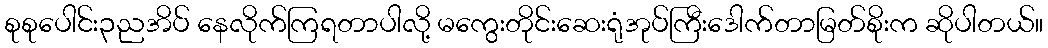
စုစုပေါင်း၃ညအိပ် နေလိုက်ကြရတာပါလို့ မကွေးတိုင်းဆေးရုံအုပ်ကြီးဒေါက်တာမြတ်စိုးက ဆိုပါတယ်။